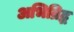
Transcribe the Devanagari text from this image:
अभिव्रिद्ध